Bréfritari: Sigríður Pálsdóttir
Viðtakandi: Páll Pálsson
Dagsetning: A-1866-08-20
Skrifað á: Breiðabólsstað  Rang.
Páll var bróðir Sigríðar

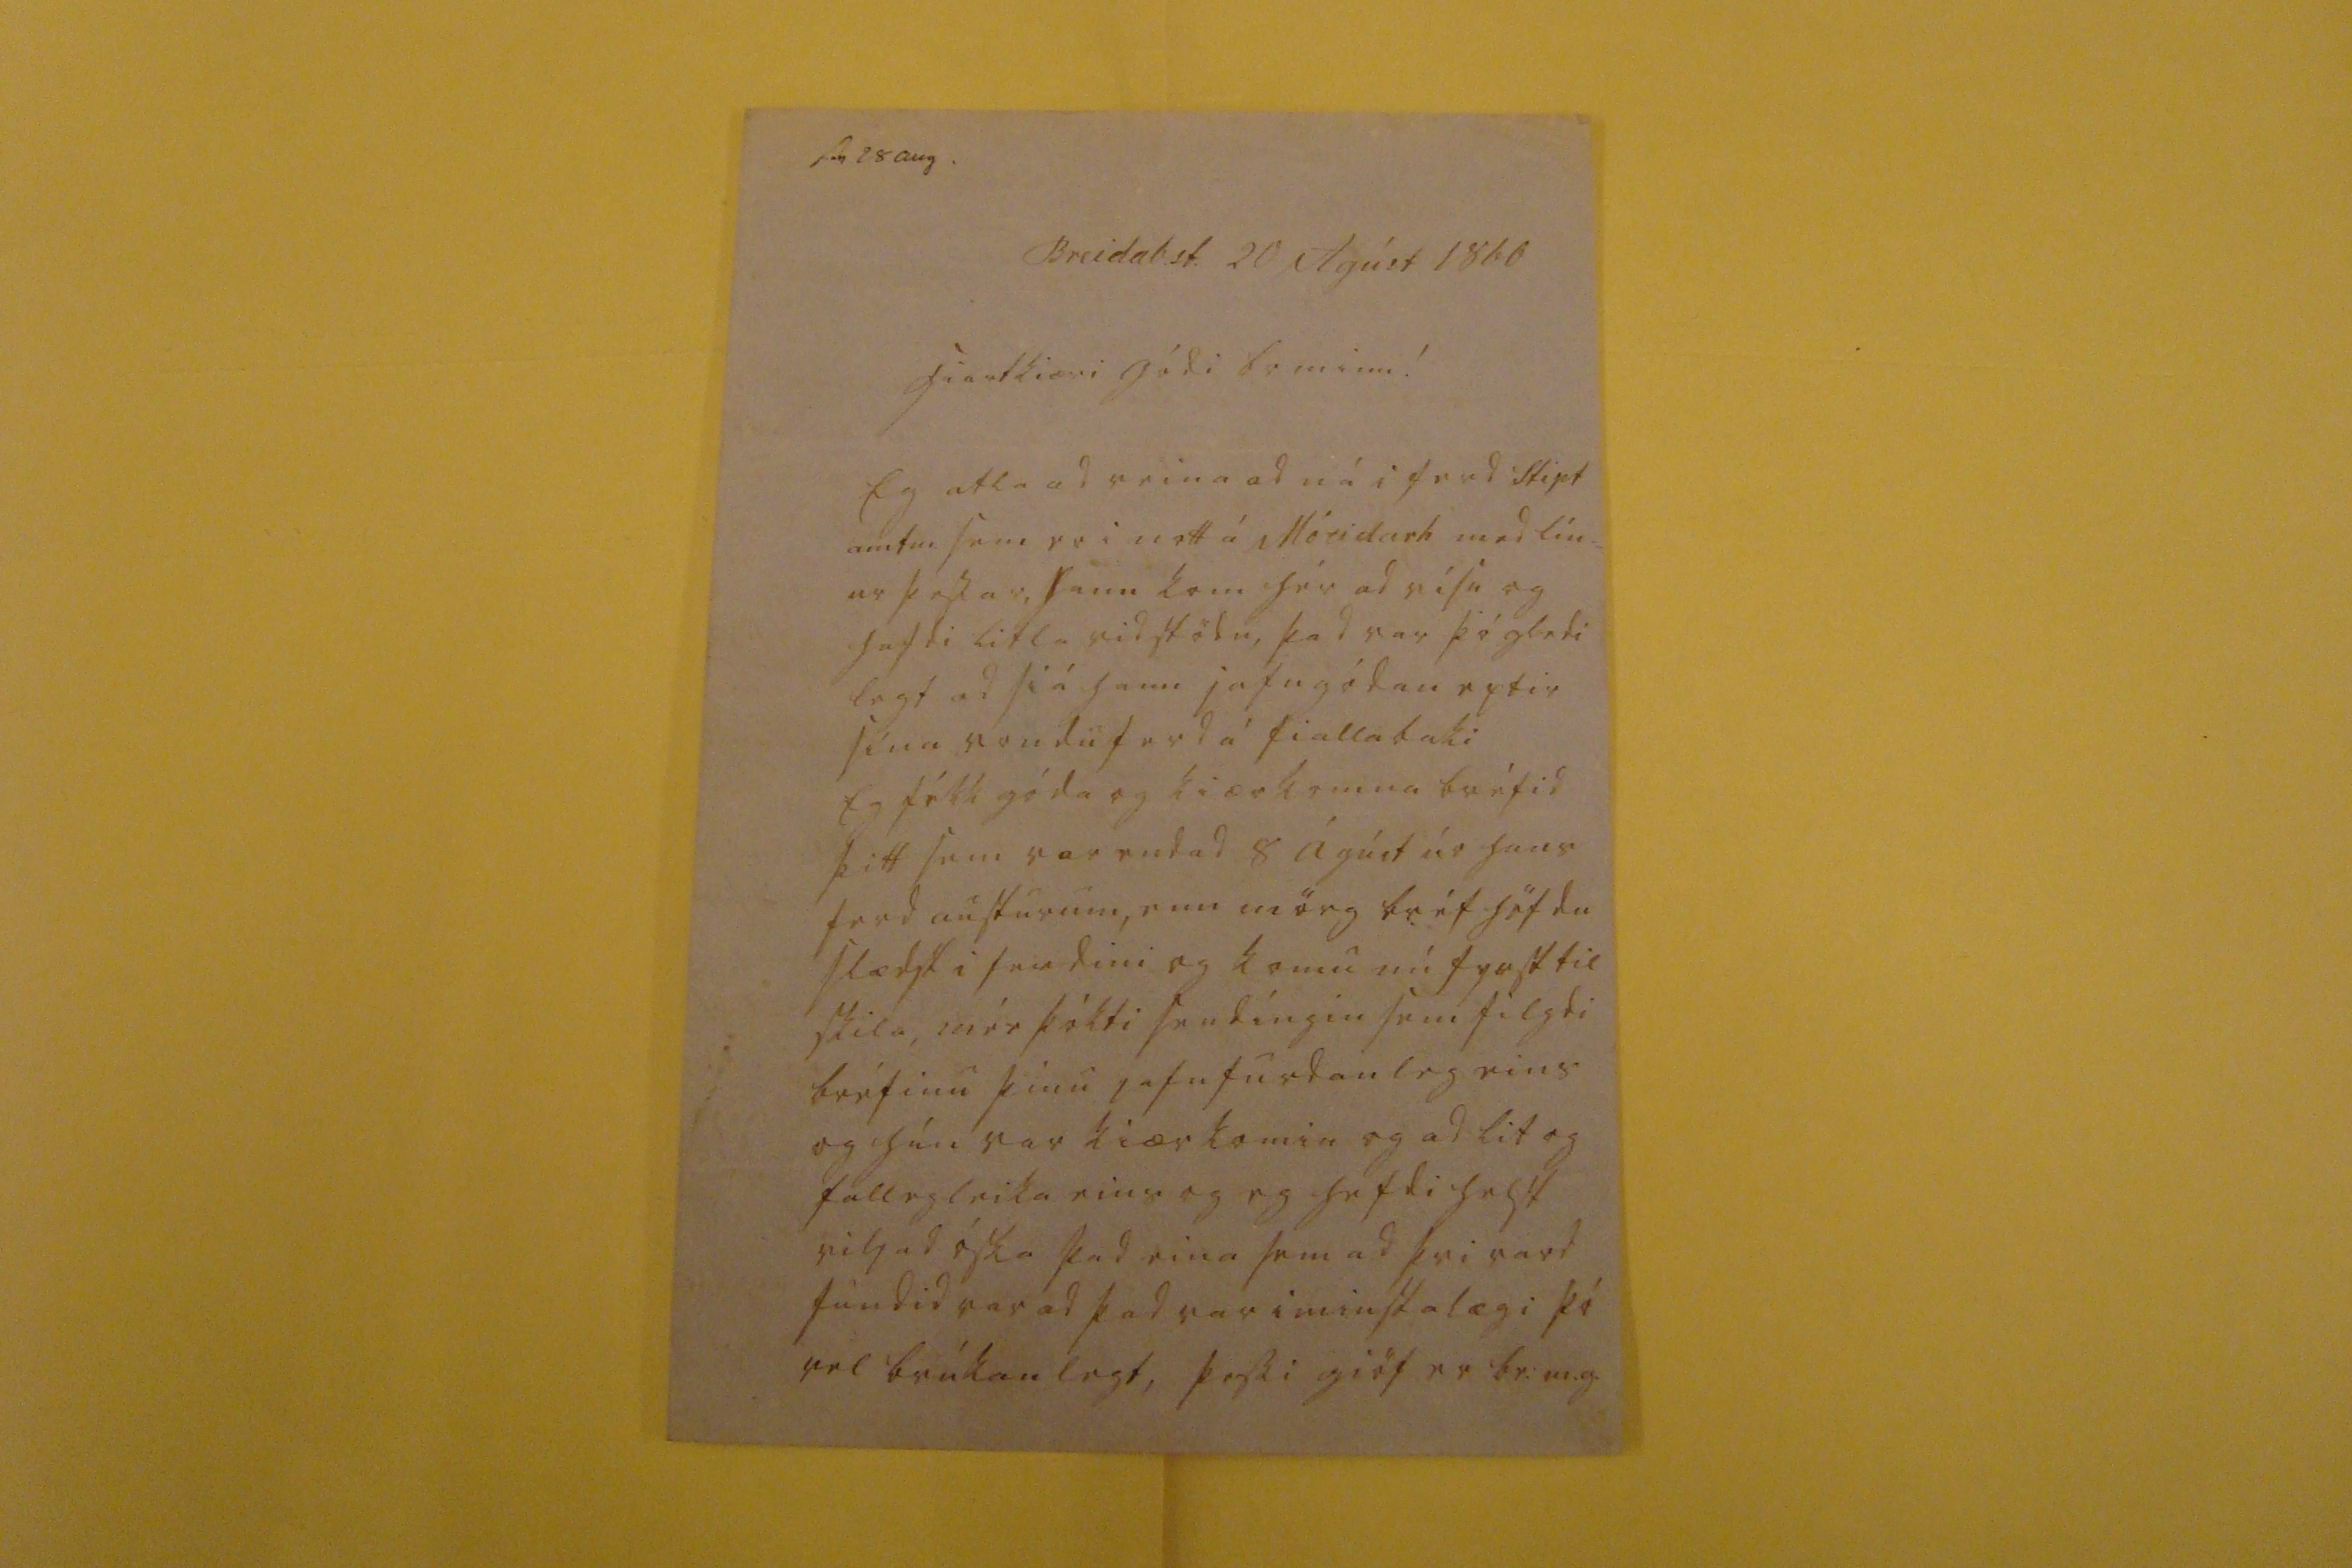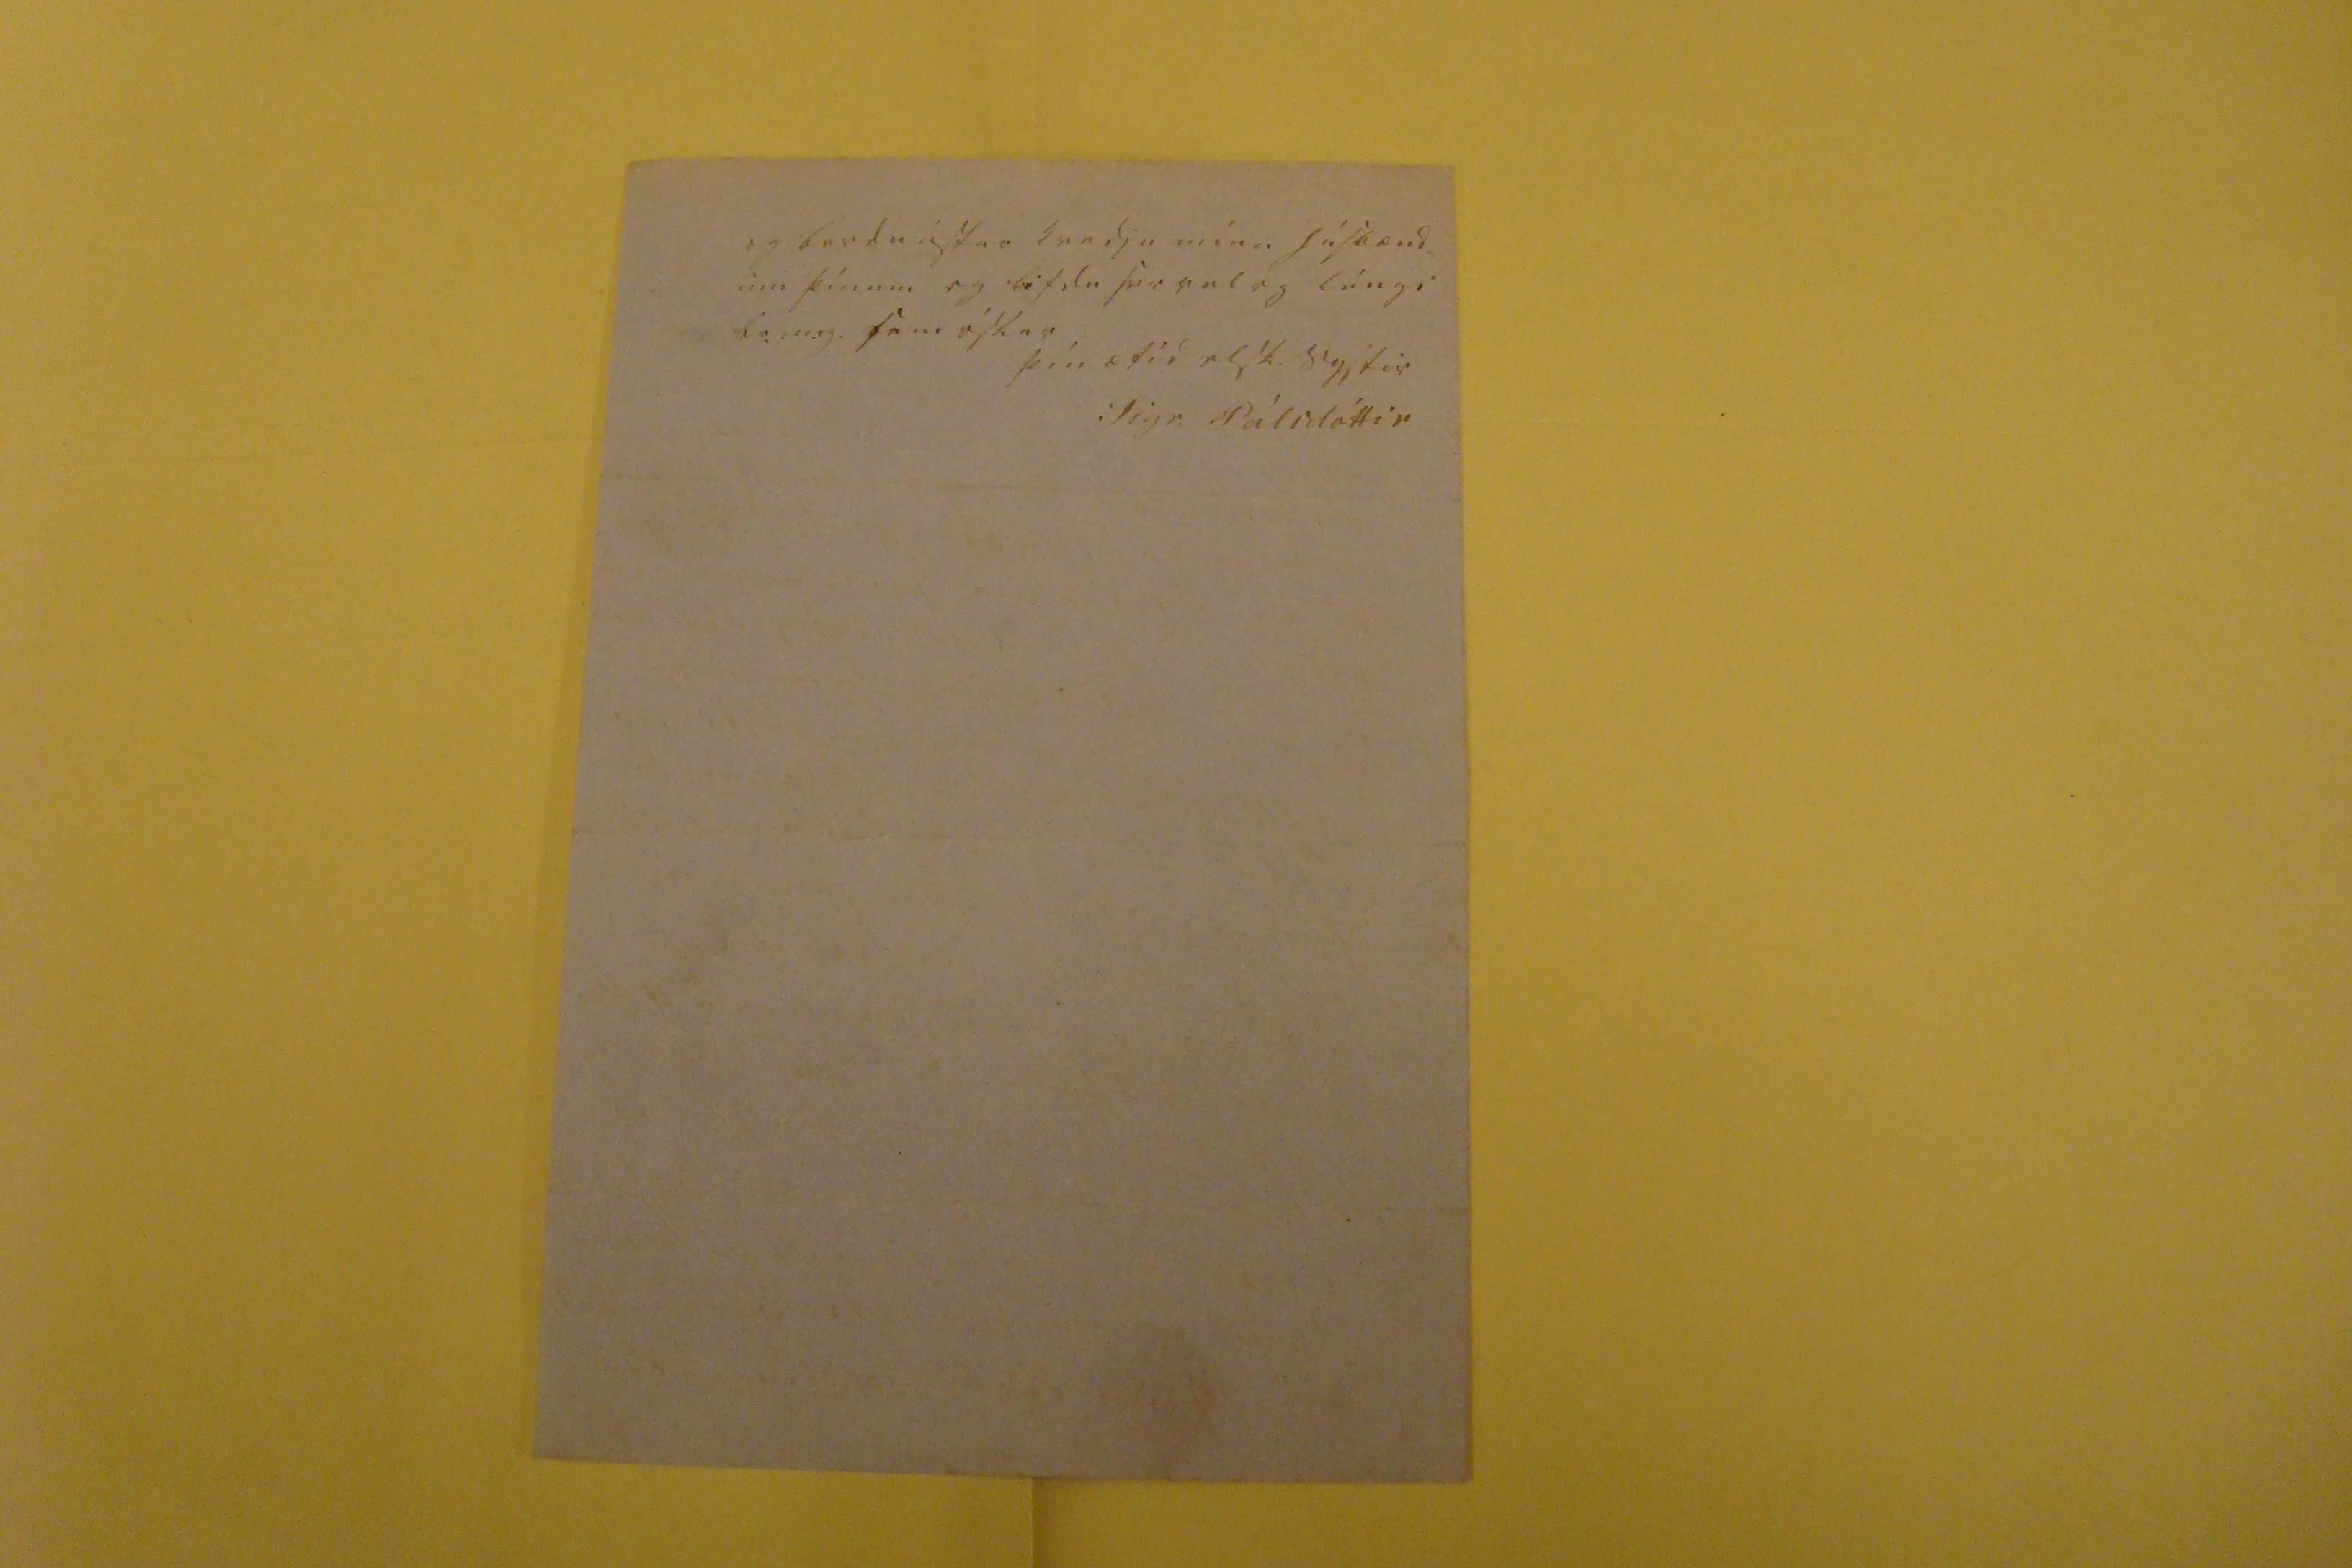

sv 28 aug.
Breidab.st. 20 Agúst 1866
hiartkiæri gódi br. minn!
Eg atla ad reina ad ná i ferd Stipt amtm. sem er i nott á Móeidarh med lín= ur þessar, hann kom hér ad vísu og hafdi litla vidstödu, þad var þó gledi legt ad siá hann jafngódan eptir sína vonduferd á fiallabaki Eg fékk gódar og kiærkomna bréfid þitt sem var endad 8 ágúst úr hans ferd austur um, enn mörg bréf höfdu slædst i ferdini og komu nú fyrst til skila, mér þókti sendíngin sem filgdi bréfinu þínu jafnfurdanleg eins og hún var kiærkomin og ad lit og fallegleika eins og eg hefdi helst viljad óska þad eina sem ad þvi vard fundid var ad þad var i mistalægi þó vel brúkanlegt, þessi giöf er br:m.g.
og berdu ástar kvedju mína húsbænd= um þínum og lifdu svo vel og léngi br.m.g. sem óskar
þín ætíd elsk. systir
Sigr. Pálsdóttir